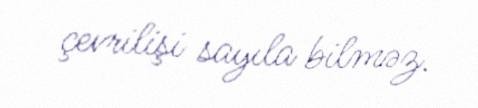
çevrilişi sayıla bilməz.